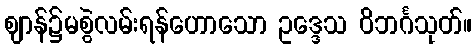
ဈာန်၌မစွဲလမ်းရန်ဟောသော ဥဒ္ဒေသ ဝိဘင်္ဂသုတ်။